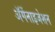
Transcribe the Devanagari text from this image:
ॲर्गेनाइजेशन